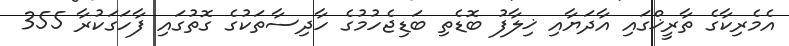
އެމެރިކާގެ ތާރީޚްގައި އާދަޔާއި ޚިލާފު ބޮޑެތި ބަޑިޖެހުމުގެ ހާދިސާތަކުގެ ގޮތުގައި ފާހަގަކުރާ 355